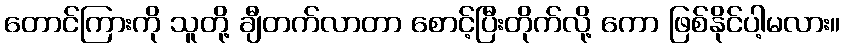
တောင်ကြားကို သူတို့ ချီတက်လာတာ စောင့်ပြီးတိုက်လို့ ကော ဖြစ်နိုင်ပါ့မလား။